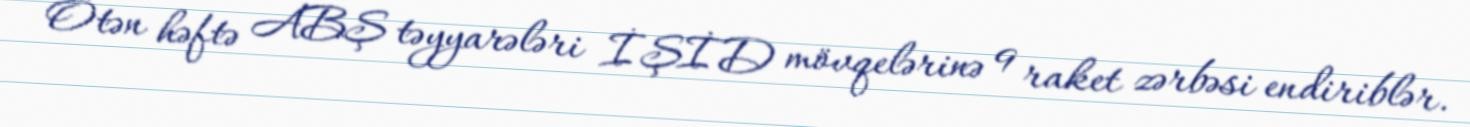
Ötən həftə ABŞ təyyarələri İŞİD mövqelərinə 9 raket zərbəsi endiriblər.